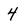
Character: 4